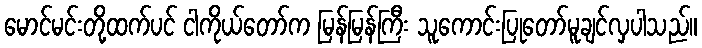
မောင်မင်းတို့ထက်ပင် ငါကိုယ်တော်က မြန်မြန်ကြီး သူကောင်းပြုတော်မူချင်လှပါသည်။